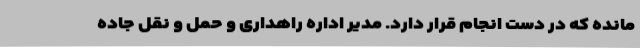
مانده که در دست انجام قرار دارد. مدیر اداره راهداری و حمل و نقل جاده